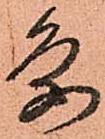
条